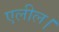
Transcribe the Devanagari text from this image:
एलील।